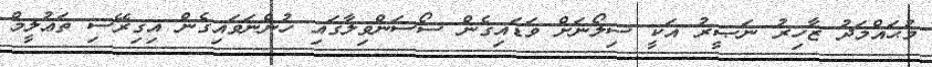
މުޙައްމަދު ޒާހިރު ނަޞީރު އަކީ ސިލޯނަށް ވަޑައިގެން ސޯސަންވިލާގައި ހުންނަވައިގެން އިގިރޭސި ތަޢުލީމް